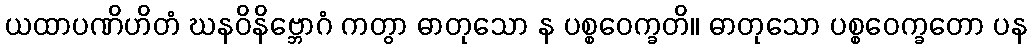
ယထာပဏိဟိတံ ဃနဝိနိဗ္ဘောဂံ ကတွာ ဓာတုသော န ပစ္စဝေက္ခတိ။ ဓာတုသော ပစ္စဝေက္ခတော ပန